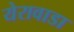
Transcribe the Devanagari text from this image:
येरावाडा